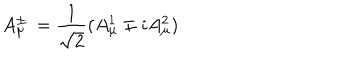
A _ { \mu } ^ { \pm } \, = \frac { 1 } { \sqrt { 2 } } ( A _ { \mu } ^ { 1 } \mp i A _ { \mu } ^ { 2 } )